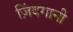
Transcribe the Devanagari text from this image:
ज़िंदगानी